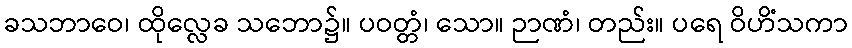
ခသဘာဝေ၊ ထိုလ္လေခ သဘော၌။ ပဝတ္တံ၊ သော။ ဉာဏံ၊ တည်း။ ပရေ ဝိဟိံသကာ